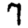
Digit: 7